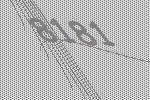
8181